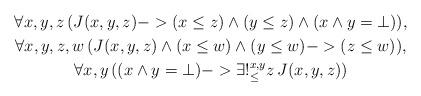
LaTeX: \begin{gather*}\forall x, y, z\, (J(x, y, z) -> (x \le z) \wedge (y \le z) \wedge (x \wedge y = \bot)), \\\forall x, y, z, w\, (J(x, y, z) \wedge (x \le w) \wedge (y \le w) -> (z \le w)), \\\forall x, y\, ((x \wedge y = \bot) -> \exists!_\le^{x,y} z\, J(x, y, z))\end{gather*}